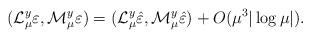
LaTeX: \begin{align*}(\mathcal{L}_\mu^y\varepsilon,\mathcal{M}_\mu^y\varepsilon)=(\mathcal{L}_\mu^y\hat{\varepsilon},\mathcal{M}_\mu^y\hat{\varepsilon})+O(\mu^3|\log\mu|).\end{align*}